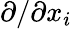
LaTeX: \partial/\partial x_{i}